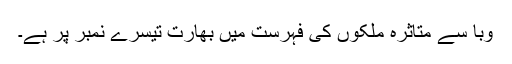
وبا سے متاثرہ ملکوں کی فہرست میں بھارت تیسرے نمبر پر ہے۔